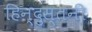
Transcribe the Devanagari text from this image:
हिन्दुस्तनी